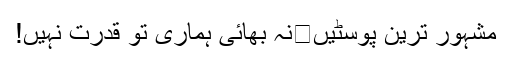
مشہور ترین پوسٹیں	نہ بھائی ہماری تو قدرت نہیں!